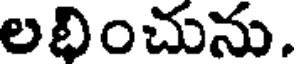
లభించును.